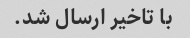
با تاخیر ارسال شد.